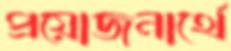
প্রয়োজনার্থে